Leaving Certificate, 1900
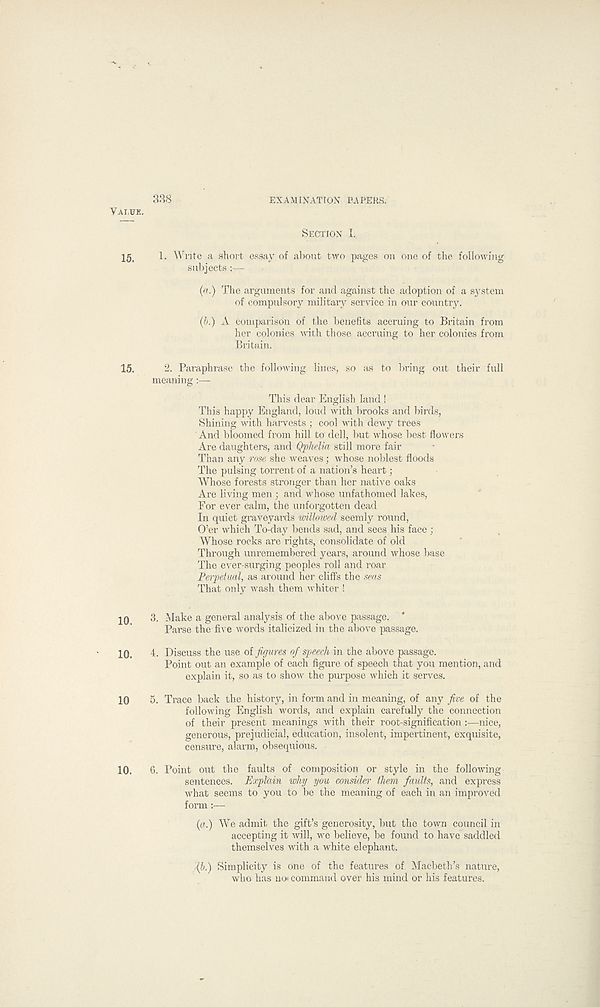
338
EXAMINATION PAPERS.
VALUE.
SECTION I.
ig,
1. Write a short essay of about two pages on one of the following
subjects :—
(a.) The arguments for and against the adoption of a system
of compulsory military service in our country.
(b.) A comparison of the benefits accruing to Britain from
her colonies with those accruing to her colonies from
Britain.
15.
2. Paraphrase the following lines, so as to bring out their full
meaning :—
This dear English land !
This happy England, loud with brooks and birds,
Shining with harvests ; cool with dewy trees
And bloomed from hill to dell, but whose best flowers
Are daughters, and Qphelia still more fair
Than any rose she weaves; whose noblest floods
The pulsing torrent of a nation’s heart;
Whose forests stronger than her native oaks
Are living men ; and whose unfathomed lakes,
For ever calm, the unforgotten dead
In quiet graveyards willowcd seemly round,
O’er which To-day bends sad, and sees his face ;
Whose rocks are rights, consolidate of old
Through unremembered years, around whose base
The ever-surging peoples roll and roar
Perpetual, as around her cliffs the seas
That only wash them whiter !
10
3. Make a general analysis of the above passage. *
Parse the five words italicized in the above passage.
10.
4. Discuss the use of figures of speech in the above passage.
Point out an example of each figure of speech that you mention, and
explain it, so as to show the purpose which it serves.
10
5. Trace back the history, in form and in meaning, of any five of the
following English words, and explain carefully the connection
of their present meanings with their root-signification :—nice,
generous, prejudicial, education, insolent, impertinent, exquisite,
censure, alarm, obsequious.
10.
6. Point out the faults of composition or style in the following
sentences. Explain why you consider them faults, and express
what seems to you to be the meaning of each in an improved
form:—
(a.) We admit the gift’s generosity, but the town council in
accepting it will, we believe, be found to have saddled
themselves with a white elephant.
ffif Simplicity is one of the features of Macbeth’s nature,
who has uo« command over his mind or his features.